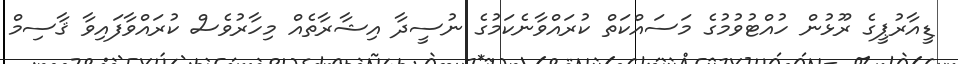
ޑީއާރުޕީގެ ރޫޅުން ހުއްޓުވުމުގެ މަސައްކަތް ކުރައްވާނެކަމުގެ ނުސީދާ އިޝާރާތެއް މިހާރުވެސް ކުރައްވާފައިވާ ޤާސިމް